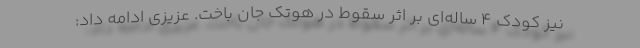
نیز کودک 4 ساله‌ای بر اثر سقوط در هوتک جان باخت. عزیزی ادامه داد: